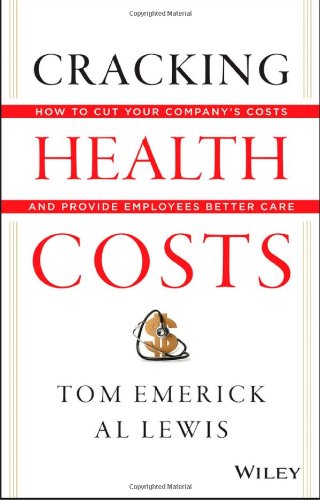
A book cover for Cracking Health Costs: How to Cut Your Company's Health Costs and Provide Employees Better Care; Tom Emerick; Business & Money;